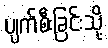
ပျက်စီးခြင်းသို့